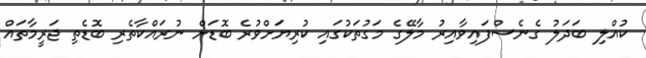
ކުއްލި ބަދަލު ގެނެސްފައިވާއިރު މާލޭގެ މަގުތަކުގައި ކުރިޔަށްވުރެ ބޮޑަށް ނުރައްކާތެރި ބޮޑެތި ޖަރީމާތައް